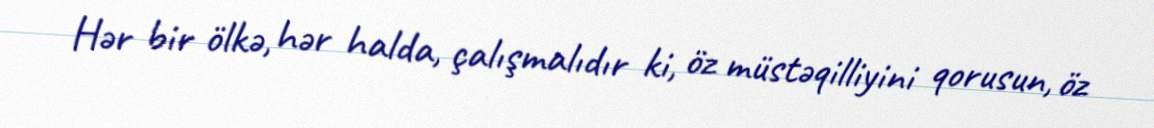
Hər bir ölkə, hər halda, çalışmalıdır ki, öz müstəqilliyini qorusun, öz